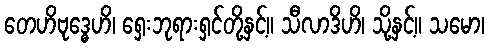
တေဟိဗုဒ္ဓေဟိ၊ ရှေးဘုရားရှင်တို့နှင့်။ သီလာဒိဟိ၊ သို့နှင့်။ သမော၊